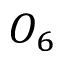
O _ { 6 }